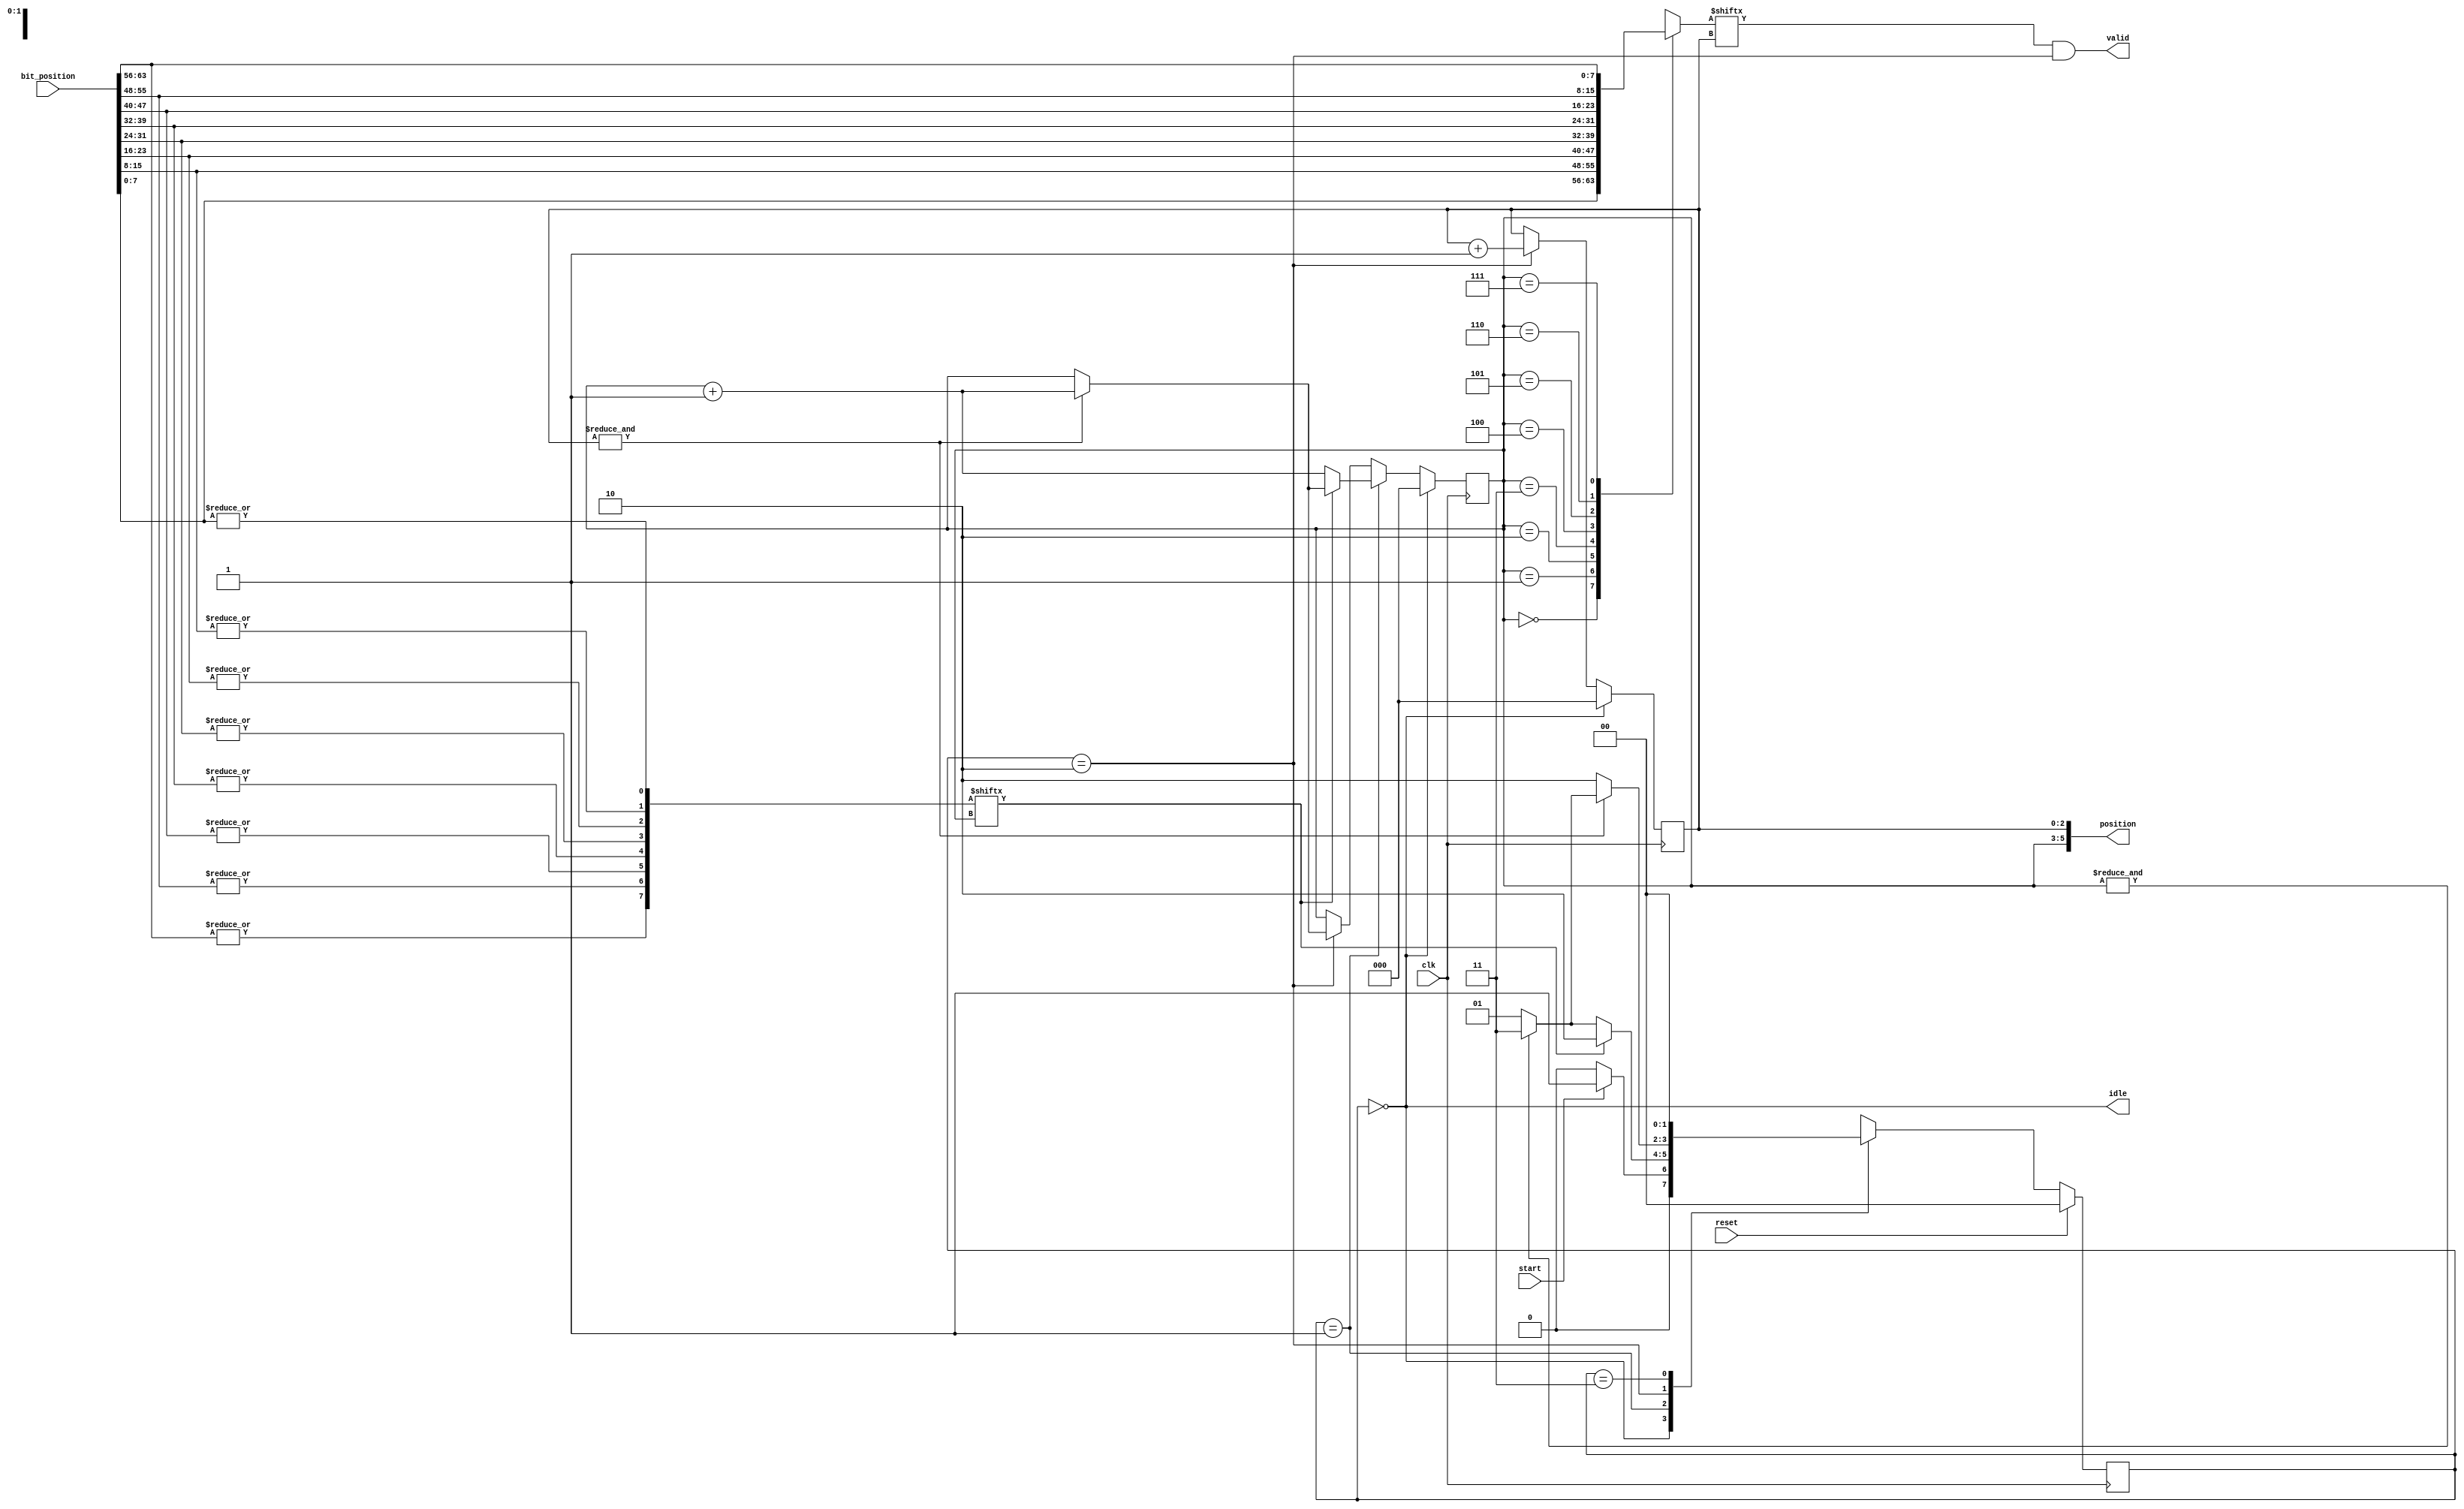
module decoder (
	clk,
	reset,
	bit_position,
	start,
	idle,
	valid,
	position
);

	input clk;
	input reset;
	
	input [63:0]bit_position;
	input start;
	
	output idle;
	output valid;
	output [5:0]position;
	
	wire [7:0]idx;
	
	assign idx[0] = |bit_position[7:0];
	assign idx[1] = |bit_position[15:8];
	assign idx[2] = |bit_position[23:16];
	assign idx[3] = |bit_position[31:24];
	assign idx[4] = |bit_position[39:32];
	assign idx[5] = |bit_position[47:40];
	assign idx[6] = |bit_position[55:48];
	assign idx[7] = |bit_position[63:56];
	
	reg [2:0]idx_ptr;
	reg [2:0]bit_ptr;
	
	reg [1:0]state, next;
	
	wire [7:0]wbit_position[7:0];
	wire [7:0]sel_bitposition;
	
	assign wbit_position[0] = bit_position[7:0];
	assign wbit_position[1] = bit_position[15:8];
	assign wbit_position[2] = bit_position[23:16];
	assign wbit_position[3] = bit_position[31:24];
	assign wbit_position[4] = bit_position[39:32];
	assign wbit_position[5] = bit_position[47:40];
	assign wbit_position[6] = bit_position[55:48];
	assign wbit_position[7] = bit_position[63:56];
	assign sel_bitposition = wbit_position[idx_ptr];
	
	parameter S_IDLE = 2'b00,
						S_IDXCK = 2'b01,
						S_BITCK = 2'b10,
						S_FIN = 2'b11;
					
	wire sidle = state == S_IDLE;
	wire sidxck = state == S_IDXCK;
	wire sbitck = state == S_BITCK;
	
	always @(posedge clk) begin
			if (reset) state <= S_IDLE;
			else state <= next;
	end
	
	always @(*) begin
		case (state)
			S_IDLE: next = start? S_IDXCK: S_IDLE;
			S_IDXCK: next = idx[idx_ptr]? S_BITCK: (&idx_ptr? S_FIN: S_IDXCK);
			S_BITCK: next = &bit_ptr? (&idx_ptr? S_FIN: S_IDXCK): S_BITCK;
			S_FIN: next = S_IDLE;
			default: next = S_IDLE;
		endcase
	end
	
	always @(posedge clk) 
		if (sidle) idx_ptr <= 3'd0;
		else if (sidxck) idx_ptr <= idx[idx_ptr]? (&bit_ptr?idx_ptr + 1'b1: idx_ptr): idx_ptr + 1'b1;
		else if (sbitck) idx_ptr <= &bit_ptr? idx_ptr + 1'b1: idx_ptr;
		else idx_ptr <= idx_ptr;
	
	always @(posedge clk)
		if (sidle) bit_ptr <= 3'd0;
		else if (sbitck) bit_ptr <= bit_ptr + 1'b1;
		else bit_ptr <= bit_ptr;
	
	assign idle = sidle;
	assign valid = sel_bitposition[bit_ptr] & sbitck;
	assign position = {idx_ptr,bit_ptr};
	
endmodule